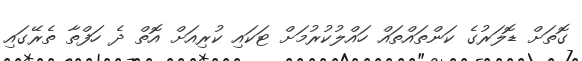
ގޮތަށް ޑޮލަރުގެ ކަންތައްތައް ހައްލުކުރުމަށް ޓަކައި ކުރިއަށް އޮތް ދެ ހަފްތާ ތެރޭގައި